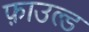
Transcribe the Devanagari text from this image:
फ़ाउल्ड